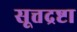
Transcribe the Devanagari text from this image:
सूत्तद्रष्टा